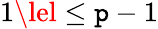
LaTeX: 1\lel\le\mathtt{p}-1